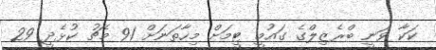
ކަކާ ވަނީ ބްރެޒިލްގެ ގައުމީ ޓީމަށް މިހާތަނަށް 91 މެޗު ކުޅެދީ 29